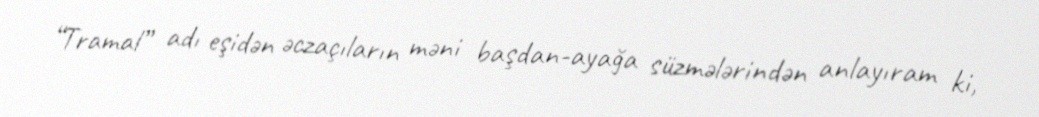
“Tramal” adı eşidən əczaçıların məni başdan-ayağa süzmələrindən anlayıram ki,